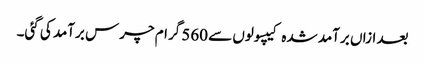
بعد ازاں برآمد شدہ کیپسولوں سے 560 گرام چرس برآمد کی گئی۔